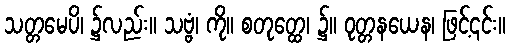
သတ္တမေပိ၊ ၌လည်း။ သဗ္ဗံ၊ ကို။ စတုတ္ထေ၊ ၌။ ဝုတ္တနယေန၊ ဖြင့်၎င်း။